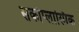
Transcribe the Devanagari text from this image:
सर्कोप्लास्मिक